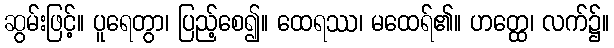
ဆွမ်းဖြင့်။ ပူရေတွာ၊ ပြည့်စေ၍။ ထေရဿ၊ မထေရ်၏။ ဟတ္ထေ၊ လက်၌။